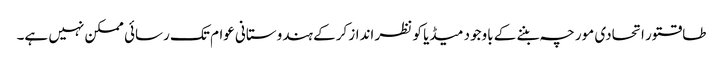
طاقتور اتحادی مورچہ بننے کے باوجود میڈیا کو نظر انداز کرکے ہندوستانی عوام تک رسائی ممکن نہیں ہے۔